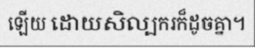
ឡើយ ដោយសិល្បករក៏ដូចគ្នា។